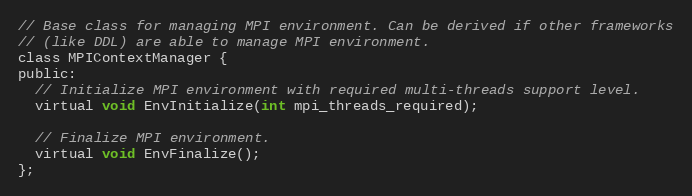
Language: C
// Base class for managing MPI environment. Can be derived if other frameworks
// (like DDL) are able to manage MPI environment.
class MPIContextManager {
public:
  // Initialize MPI environment with required multi-threads support level.
  virtual void EnvInitialize(int mpi_threads_required);

  // Finalize MPI environment.
  virtual void EnvFinalize();
};